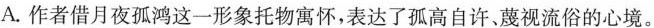
A.作者借月夜孤鸿这一形象托物寓怀，表达了孤高自许、蔑视流俗的心境。